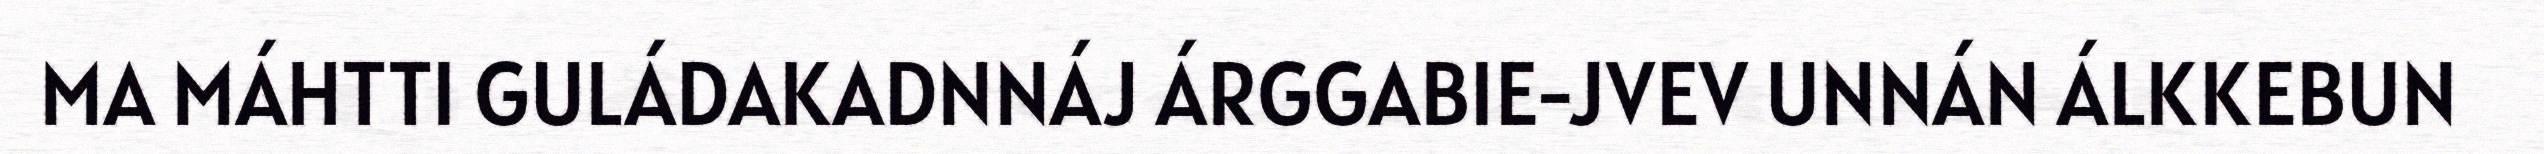
MA MÁHTTI GULÁDAKADNNÁJ ÁRGGABIE-JVEV UNNÁN ÁLKKEBUN